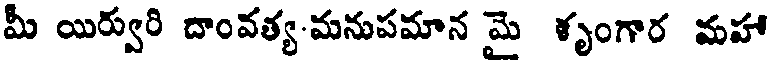
మీ యిర్వురి దాంవత్య-మనుపమాన మై శృంగార మహా